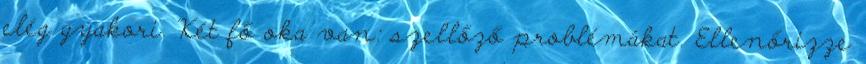
elég gyakori. Két fő oka van: szellőző problémákat. Ellenőrizze